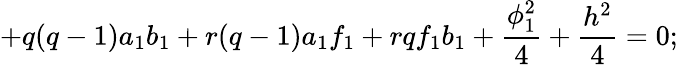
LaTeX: +q(q-1)a_{1}b_{1}+r(q-1)a_{1}f_{1}+rqf_{1}b_{1}+\frac{\phi_{1}^{2}}{4}+\frac{h^{2}}{4}=0;